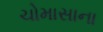
ચોમાસાના